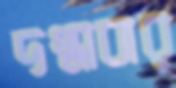
দগ্ধাবার